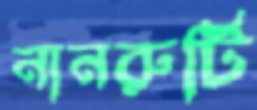
নানরুটি